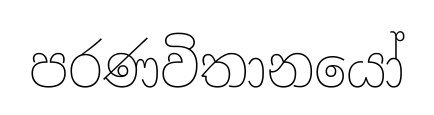
පරණවිතානයෝ